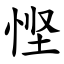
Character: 悭